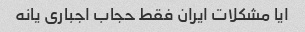
ایا مشکلات ایران فقط حجاب اجباری یانه